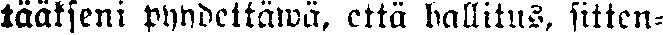
tääkseni pyydettäwä, että hallitus, sitten-